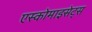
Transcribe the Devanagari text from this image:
एस्कोमाइसेट्स